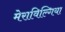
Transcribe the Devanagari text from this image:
मेराविल्गिया